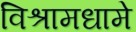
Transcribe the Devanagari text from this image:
विश्रामधामे